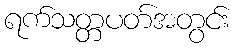
ရက်သတ္တပတ်အတွင်း